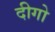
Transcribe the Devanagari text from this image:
दीगो